Lunatic asylums Central Provinces reports 1895-1909 - 1895-1909
Year: 1895
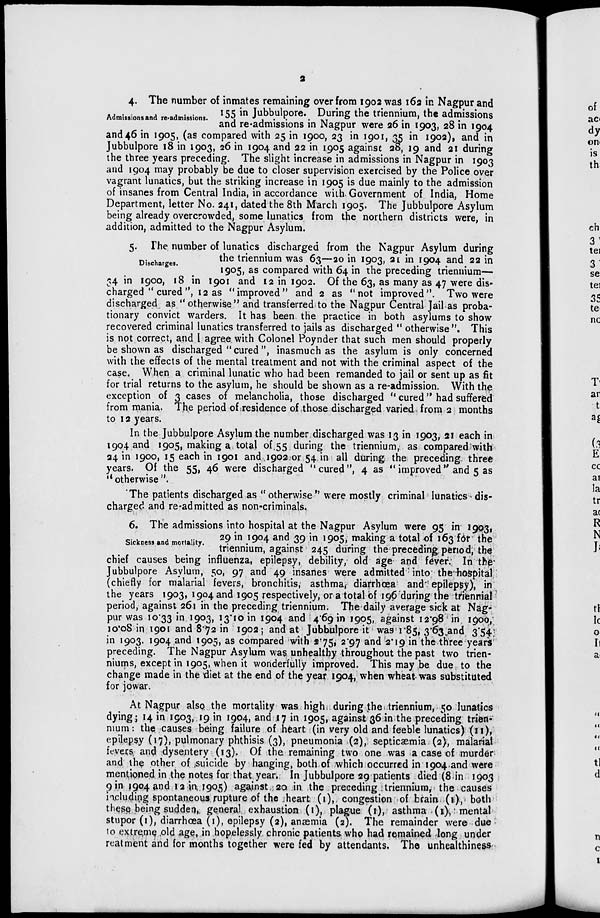
2
Admissions and re-admissions.
4. The number of inmates remaining over from 1902 was 162 in Nagpur and
155 in Jubbulpore. During the triennium, the admissions
and re-admissions in Nagpur were 26 in 1903, 28 in 1904
and 46 in 1905, (as compared with 25 in 1900, 23 in 1901, 35 in 1902), and in
jubbulpore 18 in 1903, 26 in 1904 and 22 in 1905 against 28, 19 and 21 during
the three years preceding. The slight increase in admissions in Nagpur in 1903
and 1904 may probably be due to closer supervision exercised by the Police over
vagrant lunatics, but the striking increase in 1905 is due mainly to the admission
of insanes from Central India, in accordance with Government of India, Home
Department, letter No. 241, dated the 8th March 1905. The Jubbulpore Asylum
being already overcrowded, some lunatics from the northern districts were, in
addition, admitted to the Nagpur Asylum.
Discharges.
5. The number of lunatics discharged from the Nagpur Asylum during
the triennium was 63—20 in 1903, 21 in 1904 and 22 in
1905, as compared with 64 in the preceding triennium—
34 in 1900, 18 in 1901 and 12 in 1902. Of the 63, as many as 47 were dis-
charged "cured", 12 as "improved" and 2 as "not improved". Two were
discharged as "otherwise" and transferred to the Nagpur Central Jail as proba-
tionary convict warders. It has been the practice in both asylums to show
recovered criminal lunatics transferred to jails as discharged "otherwise". This
is not correct, and I agree with Colonel Poynder that such men should properly
be shown as discharged "cured ", inasmuch as the asylum is only concerned
with the effects of the mental treatment and not with the criminal aspect of the
case. When a criminal lunatic who had been remanded to jail or sent up as fit
for trial returns to the asylum, he should be shown as a re-admission. With the
exception of 3 cases of melancholia, those discharged " cured" had suffered
from mania. The period of residence of those discharged varied from 2 months
to 12 years.
In the Jubbulpore Asylum the number discharged was 13 in 1903, 21 each in
1904 and 1905, making a total of 55 during the triennium, as compared with
24 in 1900, 15 each in 1901 and 1902 or 54 in all during the preceding three
years. Of the 55, 46 were discharged "cured", 4 as " improved" and 5 as
"otherwise".
The patients discharged as " otherwise " were mostly criminal lunatics dis-
charged and re-admitted as non-criminals.
Sickness and mortality.
6. The admissions into hospital at the Nagpur Asylum were 95 in 1903,
29 in 1904 and 39 in 1905, making a total of 163 for the
triennium, against 245 during the preceding period, the
chief causes being influenza, epilepsy, debility, old age and fever. In the
Jubbulpore Asylum, 50, 97 and 49 insanes were admitted into the-hospital
(chiefly for malarial fevers, bronchitis, asthma, diarrhœa and epilepsy), in
the years 1903, 1904 and 1905 respectively, or a total of 196 during the triennial
period, against 261 in the preceding triennium. The daily average sick at Nag-
pur was 10.33 in 1903, 13.10 in 1904 and 4.69 in 1905, against 12.98 in 1900,
10.08 in 1901 and 8.72 in 1902; and at Jubbulpore it was 1.85, 3.63 and 3.54
in 1903. 1904 and 1905, as compared with 2.75, 2.97 and 2.19 in the three years
preceding. The Nagpur Asylum was unhealthy throughout the past two trien-
niums, except in 1905, when it wonderfully improved. This may be due to the
change made in the diet at the end of the year 1904, when wheat was substituted
for jowar.
At Nagpur also the mortality was high during the triennium, 50 lunatics
dying; 14 in 1903, 19 in 1904, and 17 in 1905, against 36 in the preceding trien-
nium: the causes being failure of heart (in very old and feeble lunatics) (11),
epilepsy (17), pulmonary phthisis (3), pneumonia (2), septicæmia (2), malarial
fevers and dysentery (13). Of the remaining two one was a case of murder
and the other of suicide by hanging, both of which occurred in 1904 and were
mentioned in the notes for that year. In Jubbulpore 29 patients died (8 in 1903
9 in 1904 and 12 in 1905) against 20 in the preceding triennium, the causes
including spontaneous rupture of the heart (1), congestion of brain (1), both
these being sudden, general exhaustion (1), plague (1), asthma (1) mental
stupor (1), diarrhœa (1), epilepsy (2), anæmia (2). The remainder were due
to extreme old age, in hopelessly chronic patients who had remained long under
reatment and for months together were fed by attendants. The unhealthiness.